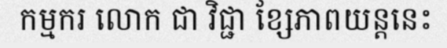
កម្មករ លោក ជា វិជ្ជា ខ្សែភាពយន្តនេះ